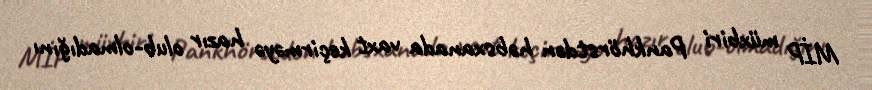
MİP müxbiri Pankhörstdən həbsxanada vaxt keçirməyə hazır olub-olmadığını